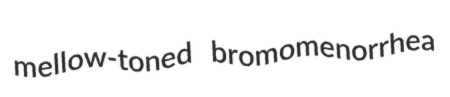
mellow-toned bromomenorrhea